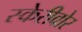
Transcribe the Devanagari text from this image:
स्केरीवोर